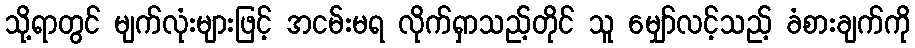
သို့ရာတွင် မျက်လုံးများဖြင့် အငမ်းမရ လိုက်ရှာသည့်တိုင် သူ မျှော်လင့်သည့် ခံစားချက်ကို